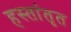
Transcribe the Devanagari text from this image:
हस्तांतृत